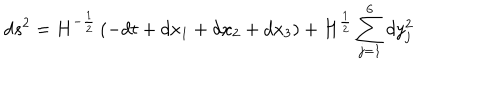
d s ^ { 2 } = H ^ { - \frac 1 2 } \left( - d t + d x _ { 1 } + d x _ { 2 } + d x _ { 3 } \right) + H ^ { \frac 1 2 } \sum _ { j = 1 } ^ { 6 } d y _ { j } ^ { 2 }